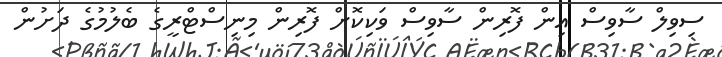
ސިވިލް ސާވިސް އިން ފޮރިން ސާވިސް ވަކިކޮށް ފޮރިން މިނިސްޓްރީގެ ބެލުމުގެ ދަށުން